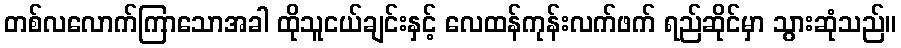
တစ်လလောက်ကြာသောအခါ ထိုသူငယ်ချင်းနှင့် လေထန်ကုန်းလက်ဖက် ရည်ဆိုင်မှာ သွားဆုံသည်။